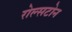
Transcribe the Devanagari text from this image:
रोल्सटोन